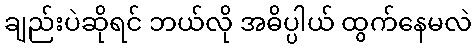
ချည်းပဲဆိုရင် ဘယ်လို အဓိပ္ပါယ် ထွက်နေမလဲ